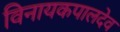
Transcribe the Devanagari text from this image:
विनायकपालदेव